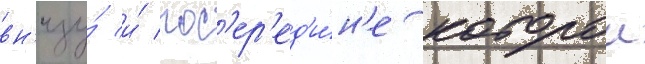
вн'изу́ и́ пос'ер'ед'и́н'е которои